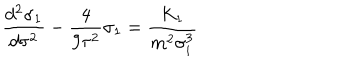
\frac { d ^ { 2 } \sigma _ { 1 } } { d \tau ^ { 2 } } - \frac 4 { 9 \tau ^ { 2 } } \sigma _ { 1 } = \frac { K _ { 1 } } { m ^ { 2 } \sigma _ { i } ^ { 3 } }